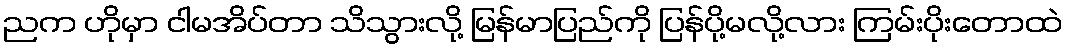
ညက ဟိုမှာ ငါမအိပ်တာ သိသွားလို့ မြန်မာပြည်ကို ပြန်ပို့မလို့လား ကြမ်းပိုးတောထဲ